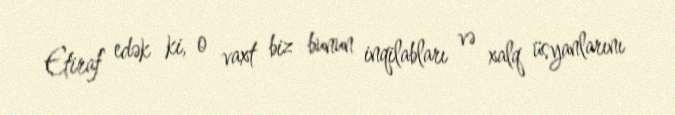
Etiraf edək ki, o vaxt biz bunun inqilabları və xalq üsyanlarını